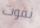
نفوت